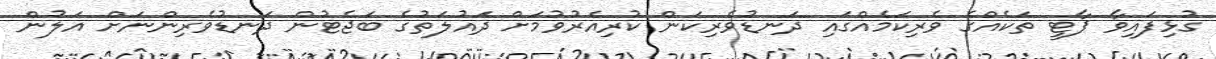
ގުޅިފައިވާ ޕާޓީ ތަކެއްގެ ވެރިކަމެއްގައި ދަނޑުވެރިކަން ކުރިއެރުވުމަށް ދައުލަތުގެ ބަޖެޓުން ދަނޑުވެރިންނަށް އަލުން